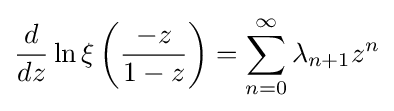
{\frac {d}{dz}}\ln \xi \left({\frac {-z}{1-z}}\right)=\sum _{n=0}^{\infty }\lambda _{n+1}z^{n}